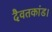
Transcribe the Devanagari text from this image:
दैवतकांड।